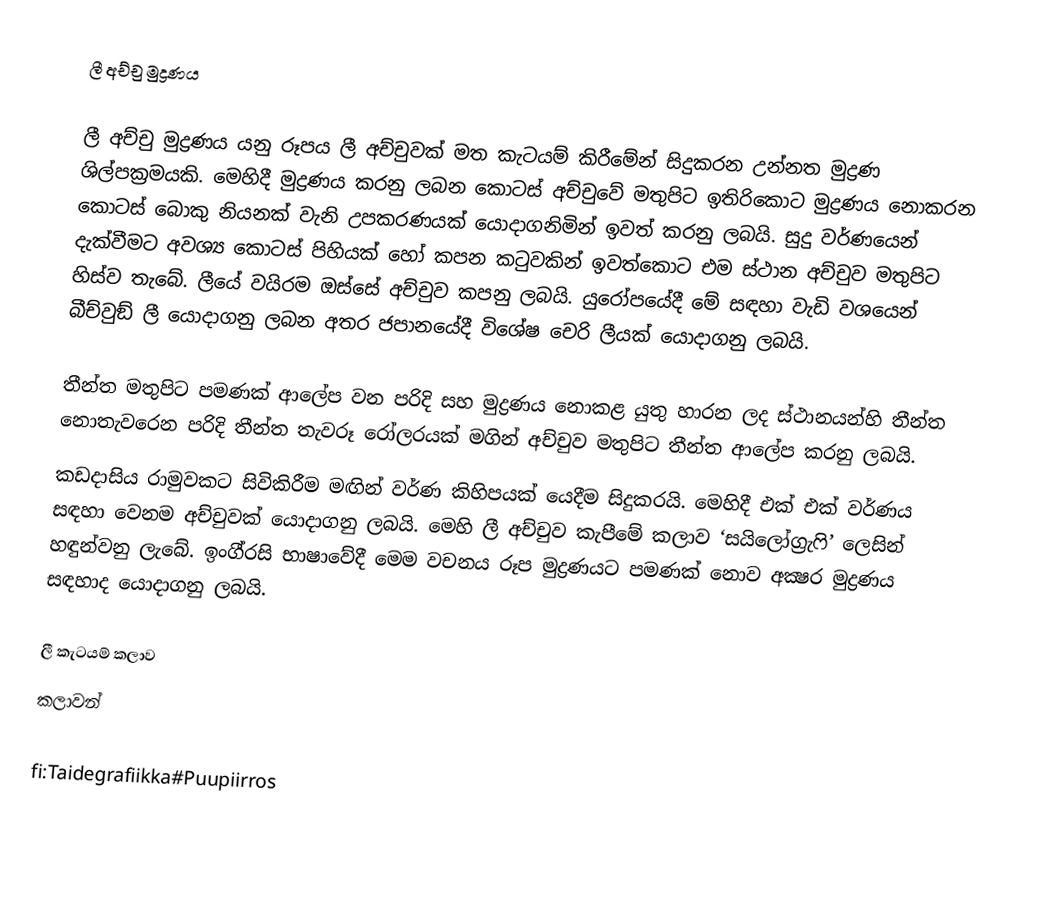
ලී අච්චු මුද්‍රණය

ලී අච්චු මුද්‍රණය යනු රූපය ලී අච්චුවක් මත කැටයම් කිරීමේන් සිදුකරන උන්නත මුද්‍රණ ශිල්පක‍්‍රමයකි. මෙහිදී මුද්‍රණය කරනු ලබන කොටස් අච්චුවේ මතුපිට ඉතිරිකොට මුද්‍රණය නොකරන කොටස් බොකු නියනක් වැනි උපකරණයක් යොදාගනිමින් ඉවත් කරනු ලබයි. සුදු වර්ණයෙන් දැක්වීමට අවශ්‍ය කොටස් පිහියක් හෝ කපන කටුවකින් ඉවත්කොට එම ස්ථාන අච්චුව මතුපිට හිස්ව තැබේ. ලීයේ වයිරම ඔස්සේ අච්චුව කපනු ලබයි. යුරෝපයේදී මේ සඳහා වැඩි වශයෙන් බීච්වුඞ් ලී යොදාගනු ලබන අතර ජපානයේදී විශේෂ චෙරි ලීයක් යොදාගනු ලබයි.

තීන්ත මතුපිට පමණක් ආලේප වන පරිදි සහ මුද්‍රණය නොකළ යුතු හාරන ලද ස්ථානයන්හි තීන්ත නොතැවරෙන පරිදි තීන්ත තැවරූ රෝලරයක් මගින් අච්චුව මතුපිට තීන්ත ආලේප කරනු ලබයි.
කඩදාසිය රාමුවකට සිවිකිරීම මඟින් වර්ණ කිහිපයක් යෙදීම සිදුකරයි. මෙහිදී එක් එක් වර්ණය සඳහා වෙනම අච්චුවක් යොදාගනු ලබයි. මෙහි ලී අච්චුව කැපීමේ කලාව ‘සයිලෝග‍්‍රැෆි’ ලෙසින් හඳුන්වනු ලැබේ. ඉංගී‍්‍රසි භාෂාවේදී මෙම වචනය රූප මුද්‍රණයට පමණක් නොව අක්‍ෂර මුද්‍රණය සඳහාද යොදාගනු ලබයි.

ලී කැටයම් කලාව
කලාවන්

fi:Taidegrafiikka#Puupiirros